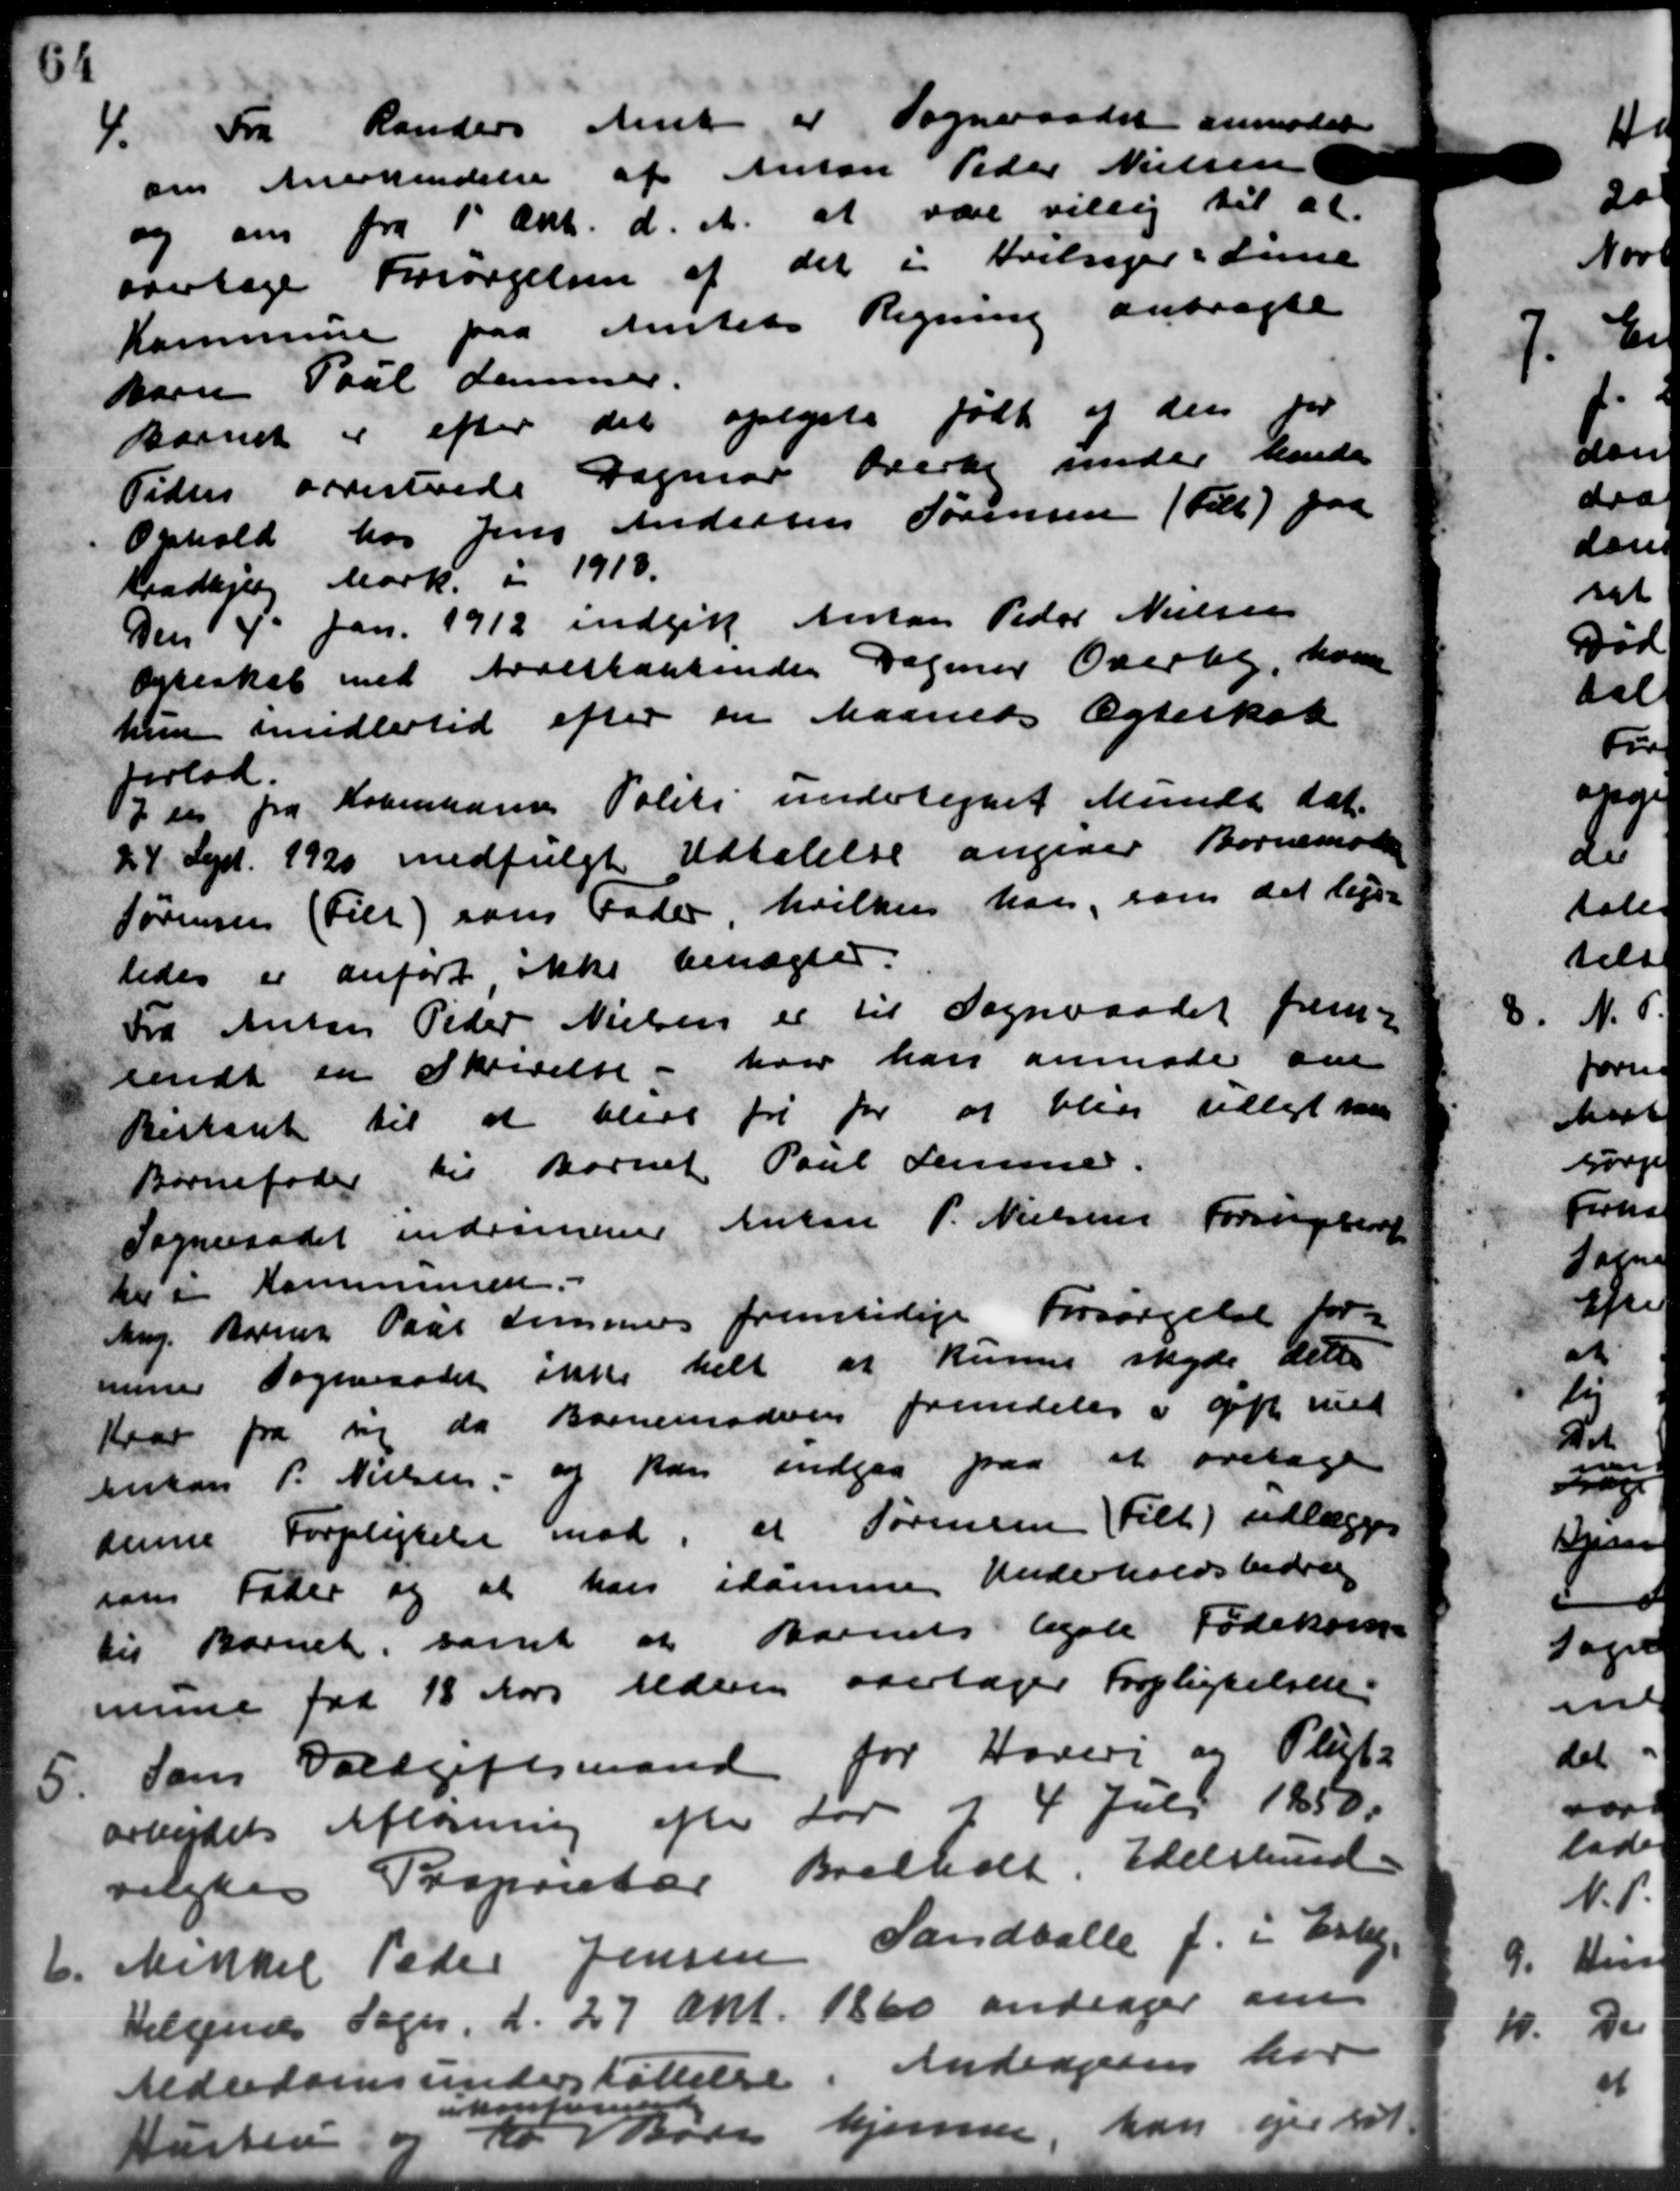
Transskription:
4.
Fra Randers Amt er Sogneraadet anmoder
om Anerkendelse af Anton Peder Nielsen
og om fra 1' Okt. d. A. at være villig til at
overtage Forsørgelsen af det i Hvilsager i Time
Kommune paa Amtets Regning anbragte
barn Poul damer.
Barnet er efter det oplyste født af den for
Peders Forestrede Dagmar Overke under hende
Ophold hos Jens Andersen Sørensen ( Till.) paa
Kradbjerg Mark i 1918.
Den 4 Jan. 1912 indgik Anton Peder Nielsen
Sneskab med Arrestakkende Dagmar Overbl, komm
hun imidlertid efter en Maaneds Ægteskab
forlod.
7 er fra Københavns Politi undertegnet Munde dat.
24 Sept. 1920 medfulgt Udtalelse angiver Børnemoder
Sørensen (Filt) som Fader hvilken han, som det leje-
ledes er anført ikke benægtes.
Fra Anton Peder Nielsen er til Sogneraadet frem-
sendt en Skrivelse - hvor han anmode om
Bistant til at blive fri for at blive udlagt saa
Børnefader til Børnet Paul Femmer.
Sogneraadet indrømmerer Anton P. Nielsens Forsøgelser
De i Kommunen.
Ang. Barner Paal Lemmer fremtidige Forsørgelse for
miner Sogneraadet ikke helt at kunne skyde dette
Krax fra sig da Barnemoderen fremdeles i gift med
Anton P. Nielsen, og kan indgaa paa at oretage
denne Forpligtelse mod, at Sørensen tilt) udlægges
som Fader og at han idamme Underholdsbidrag
til Barnet, samt at Barnets begale Fødekom
mune fra 18 Aars Alderen overtager Forpligtelsen.
5.
Som Voldgiftsmand for Hoveri og Pligt
arbejdets Afløsning efter Lov i 4 Juli 1850.
valgtes Proprietær Bredholt, Edelslund.
6.
Mikkel Peder Jensen Sandballe f. i Esbj
vilgede Soger, d. 27 Okt. 1860 andrager om
Alderdomsunderstøttelse Andragendes har
Hustru " to
ikontoren
Børn hjemme, han ejer at